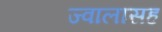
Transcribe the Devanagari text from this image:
ज्वालासह